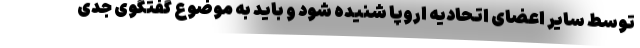
توسط سایر اعضای اتحادیه اروپا شنیده شود و باید به موضوع گفتگوی جدی